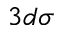
3 d \sigma